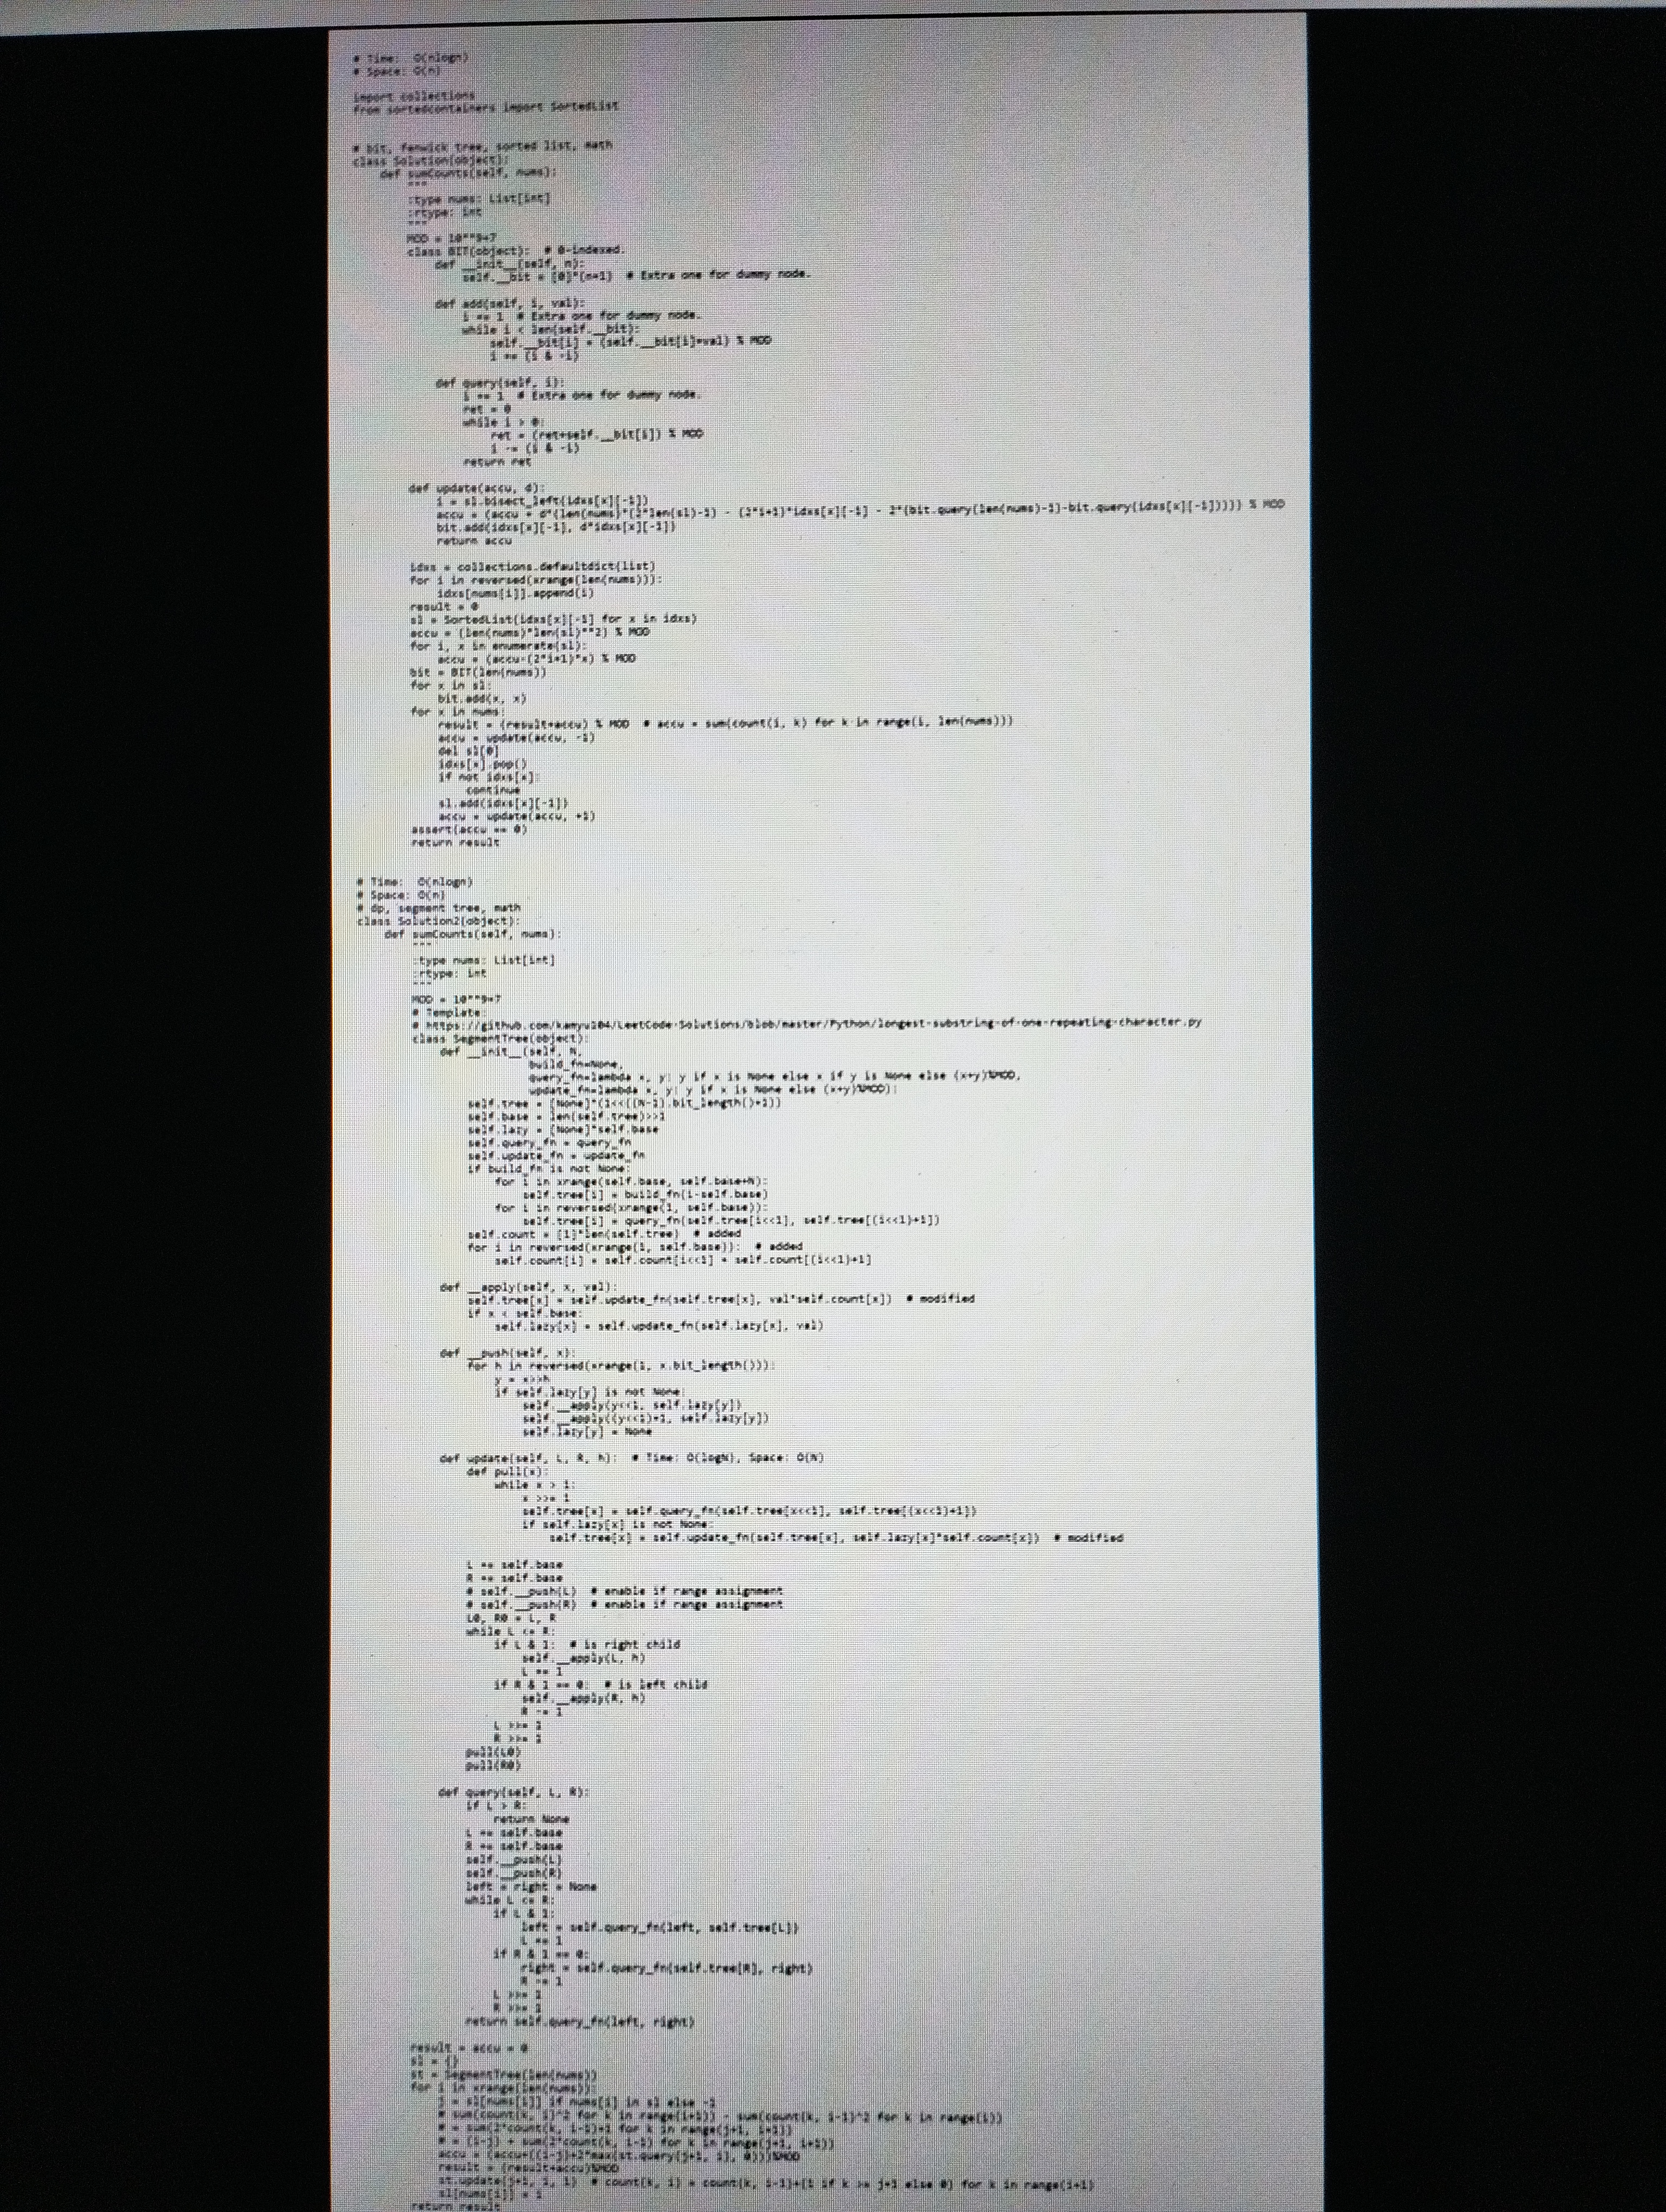
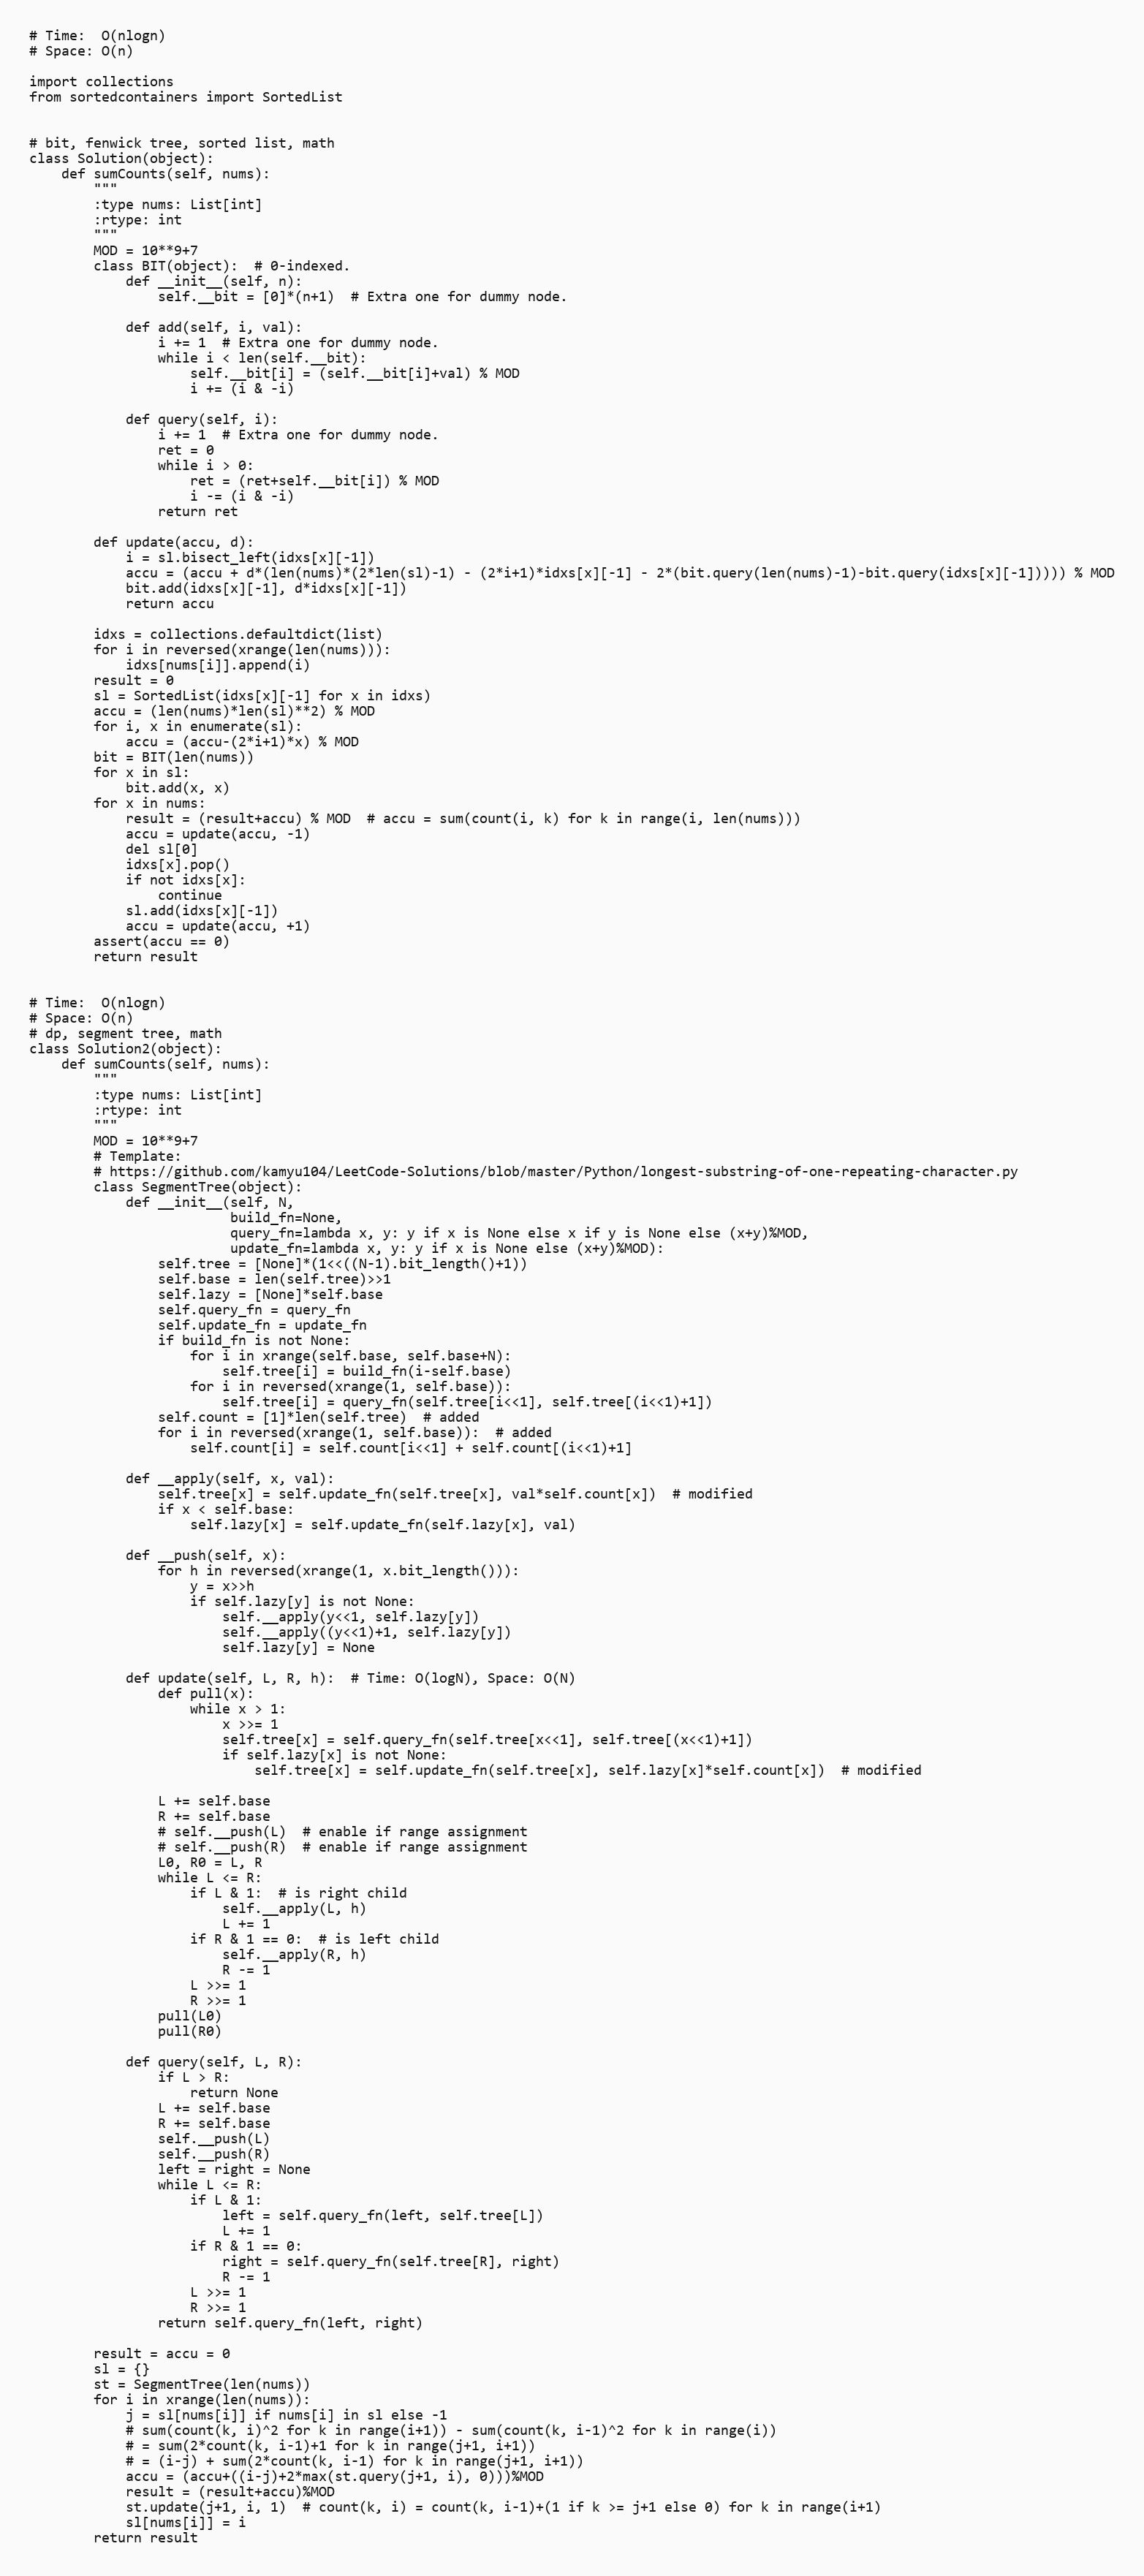
# Time:  O(nlogn)
# Space: O(n)

import collections
from sortedcontainers import SortedList

# bit, fenwick tree, sorted list, math
class Solution(object):
    def sumCounts(self, nums):
        """
        :type nums: List[int]
        :rtype: int
        """
        MOD = 10**9+7
        class BIT(object):  # 0-indexed.
            def __init__(self, n):
                self.__bit = [0]*(n+1)  # Extra one for dummy node.

            def add(self, i, val):
                i += 1  # Extra one for dummy node.
                while i < len(self.__bit):
                    self.__bit[i] = (self.__bit[i]+val) % MOD
                    i += (i & -i)

            def query(self, i):
                i += 1  # Extra one for dummy node.
                ret = 0
                while i > 0:
                    ret = (ret+self.__bit[i]) % MOD
                    i -= (i & -i)
                return ret

        def update(accu, d):
            i = sl.bisect_left(idxs[x][-1])
            accu = (accu + d*(len(nums)*(2*len(sl)-1) - (2*i+1)*idxs[x][-1] - 2*(bit.query(len(nums)-1)-bit.query(idxs[x][-1])))) % MOD
            bit.add(idxs[x][-1], d*idxs[x][-1])
            return accu

        idxs = collections.defaultdict(list)
        for i in reversed(xrange(len(nums))):
            idxs[nums[i]].append(i)
        result = 0
        sl = SortedList(idxs[x][-1] for x in idxs)
        accu = (len(nums)*len(sl)**2) % MOD
        for i, x in enumerate(sl):
            accu = (accu-(2*i+1)*x) % MOD
        bit = BIT(len(nums))
        for x in sl:
            bit.add(x, x)
        for x in nums:
            result = (result+accu) % MOD  # accu = sum(count(i, k) for k in range(i, len(nums)))
            accu = update(accu, -1)
            del sl[0]
            idxs[x].pop()
            if not idxs[x]:
                continue
            sl.add(idxs[x][-1])
            accu = update(accu, +1)
        assert(accu == 0)
        return result

# Time:  O(nlogn)
# Space: O(n)
# dp, segment tree, math
class Solution2(object):
    def sumCounts(self, nums):
        """
        :type nums: List[int]
        :rtype: int
        """
        MOD = 10**9+7
        # Template:
        # https://github.com/kamyu104/LeetCode-Solutions/blob/master/Python/longest-substring-of-one-repeating-character.py
        class SegmentTree(object):
            def __init__(self, N,
                         build_fn=None,
                         query_fn=lambda x, y: y if x is None else x if y is None else (x+y)%MOD,
                         update_fn=lambda x, y: y if x is None else (x+y)%MOD):
                self.tree = [None]*(1<<((N-1).bit_length()+1))
                self.base = len(self.tree)>>1
                self.lazy = [None]*self.base
                self.query_fn = query_fn
                self.update_fn = update_fn
                if build_fn is not None:
                    for i in xrange(self.base, self.base+N):
                        self.tree[i] = build_fn(i-self.base)
                    for i in reversed(xrange(1, self.base)):
                        self.tree[i] = query_fn(self.tree[i<<1], self.tree[(i<<1)+1])
                self.count = [1]*len(self.tree)  # added
                for i in reversed(xrange(1, self.base)):  # added
                    self.count[i] = self.count[i<<1] + self.count[(i<<1)+1]

            def __apply(self, x, val):
                self.tree[x] = self.update_fn(self.tree[x], val*self.count[x])  # modified
                if x < self.base:
                    self.lazy[x] = self.update_fn(self.lazy[x], val)

            def __push(self, x):
                for h in reversed(xrange(1, x.bit_length())):
                    y = x>>h
                    if self.lazy[y] is not None:
                        self.__apply(y<<1, self.lazy[y])
                        self.__apply((y<<1)+1, self.lazy[y])
                        self.lazy[y] = None

            def update(self, L, R, h):  # Time: O(logN), Space: O(N)
                def pull(x):
                    while x > 1:
                        x >>= 1
                        self.tree[x] = self.query_fn(self.tree[x<<1], self.tree[(x<<1)+1])
                        if self.lazy[x] is not None:
                            self.tree[x] = self.update_fn(self.tree[x], self.lazy[x]*self.count[x])  # modified

                L += self.base
                R += self.base
                # self.__push(L)  # enable if range assignment
                # self.__push(R)  # enable if range assignment
                L0, R0 = L, R
                while L <= R:
                    if L & 1:  # is right child
                        self.__apply(L, h)
                        L += 1
                    if R & 1 == 0:  # is left child
                        self.__apply(R, h)
                        R -= 1
                    L >>= 1
                    R >>= 1
                pull(L0)
                pull(R0)

            def query(self, L, R):
                if L > R:
                    return None
                L += self.base
                R += self.base
                self.__push(L)
                self.__push(R)
                left = right = None
                while L <= R:
                    if L & 1:
                        left = self.query_fn(left, self.tree[L])
                        L += 1
                    if R & 1 == 0:
                        right = self.query_fn(self.tree[R], right)
                        R -= 1
                    L >>= 1
                    R >>= 1
                return self.query_fn(left, right)

        result = accu = 0
        sl = {}
        st = SegmentTree(len(nums))
        for i in xrange(len(nums)):
            j = sl[nums[i]] if nums[i] in sl else -1
            # sum(count(k, i)^2 for k in range(i+1)) - sum(count(k, i-1)^2 for k in range(i))
            # = sum(2*count(k, i-1)+1 for k in range(j+1, i+1))
            # = (i-j) + sum(2*count(k, i-1) for k in range(j+1, i+1))
            accu = (accu+((i-j)+2*max(st.query(j+1, i), 0)))%MOD
            result = (result+accu)%MOD
            st.update(j+1, i, 1)  # count(k, i) = count(k, i-1)+(1 if k >= j+1 else 0) for k in range(i+1)
            sl[nums[i]] = i
        return result